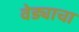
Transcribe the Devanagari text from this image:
वेड्याचा